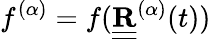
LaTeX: f^{(\alpha)}=f({\underline{{\underline{{\mathbf R}}}}}^{(\alpha)}(t))